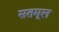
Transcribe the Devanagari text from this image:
सतमूल